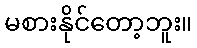
မစားနိုင်တော့ဘူး။